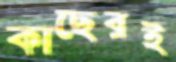
কাছেরই